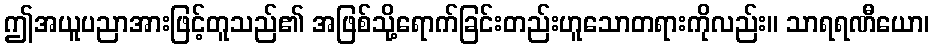
ဤအယူပညာအားဖြင့်တူသည်၏ အဖြစ်သို့ရောက်ခြင်းတည်းဟူသောတရားကိုလည်း။ သာရရဏီယော၊